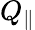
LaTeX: Q_{\parallel}